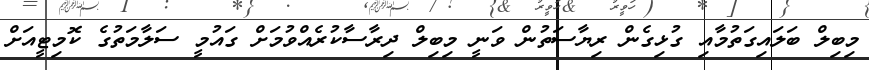
މިބިލް ބަލައިގަތުމާއި ގުޅިގެން ރިޔާސަތުން ވަނީ މިބިލް ދިރާސާކުރެއްވުމަށް ގައުމީ ސަލާމަތުގެ ކޮމިޓީއަށް